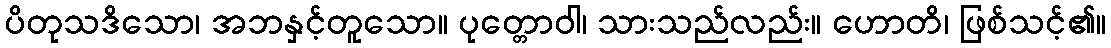
ပိတုသဒိသော၊ အဘနှင့်တူသော။ ပုတ္တောဝါ၊ သားသည်လည်း။ ဟောတိ၊ ဖြစ်သင့်၏။